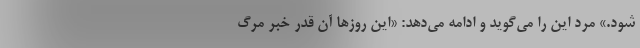
شود.» مرد این را می‌گوید و ادامه می‌دهد: «این روزها آن قدر خبر مرگ